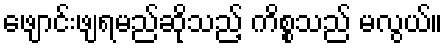
ဖျောင်းဖျရမည်ဆိုသည့် ကိစ္စသည် မလွယ်။